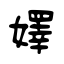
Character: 嬕